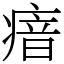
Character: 瘖